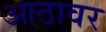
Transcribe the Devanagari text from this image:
आठावर